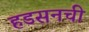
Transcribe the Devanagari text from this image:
हडसनची